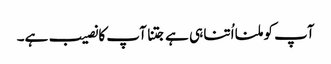
آپ کو ملنا اُتنا ہی ہے جتنا آپ کا نصیب ہے۔